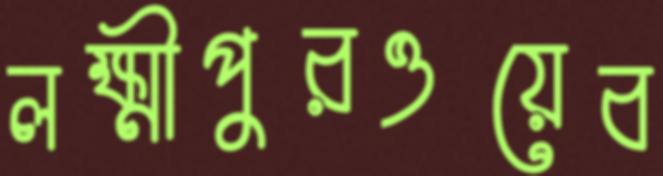
লক্ষ্মীপুরওয়েব